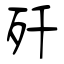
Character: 歼